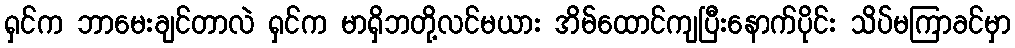
ရှင်က ဘာမေးချင်တာလဲ ရှင်က မာရှိဘတို့လင်မယား အိမ်ထောင်ကျပြီးနောက်ပိုင်း သိပ်မကြာခင်မှာ